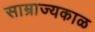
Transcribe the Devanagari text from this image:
साम्राज्यकाळ